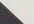
ذلك